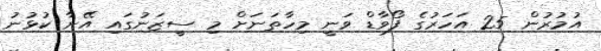
އުމުރުން 25 އަހަރުގެ ފޯވާޑް ވަނީ މިހާތަނަށް މި ސީޒަނުގައި އޭނާ ކުޅުނު